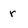
Character: r